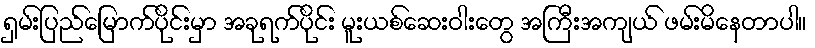
ရှမ်းပြည်မြောက်ပိုင်းမှာ အခုရက်ပိုင်း မူးယစ်ဆေးဝါးတွေ အကြီးအကျယ် ဖမ်းမိနေတာပါ။